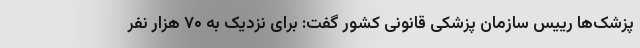
پزشک‌ها رییس سازمان پزشکی قانونی کشور گفت: برای نزدیک به ۷۰ هزار نفر